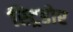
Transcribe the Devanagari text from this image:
स्ट्रिडोर